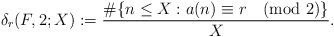
LaTeX: \begin{align*}\delta_r(F, 2; X):=\frac{\#\{n\leq X: a(n)\equiv r \pmod{2}\}}{X}.\end{align*}